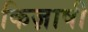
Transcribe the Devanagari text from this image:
किज़ाषी